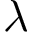
\lambda